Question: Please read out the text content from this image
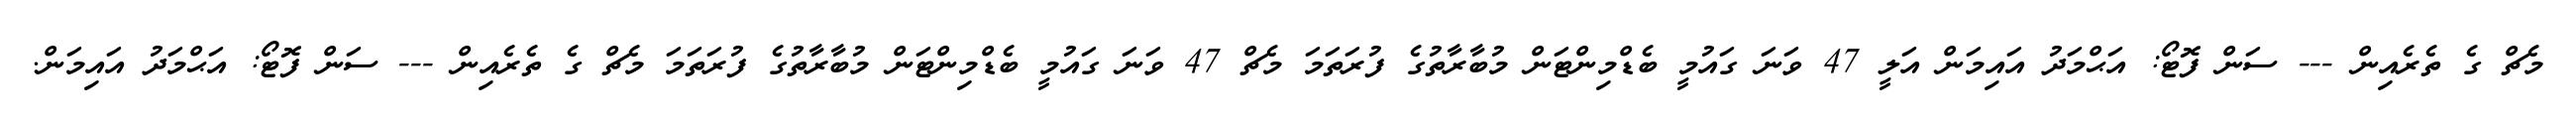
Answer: މެޗް ގެ ތެރެއިން --- ސަން ފޮޓޯ: އަޙްމަދު އައިމަން އަލީ 47 ވަނަ ގައުމީ ބެޑްމިންޓަން މުބާރާތުގެ ފުރަތަމަ މެޗް 47 ވަނަ ގައުމީ ބެޑްމިންޓަން މުބާރާތުގެ ފުރަތަމަ މެޗް ގެ ތެރެއިން --- ސަން ފޮޓޯ: އަޙްމަދު އައިމަން.